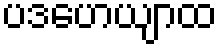
ပဒဟေယျာထ